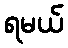
ရမယ်